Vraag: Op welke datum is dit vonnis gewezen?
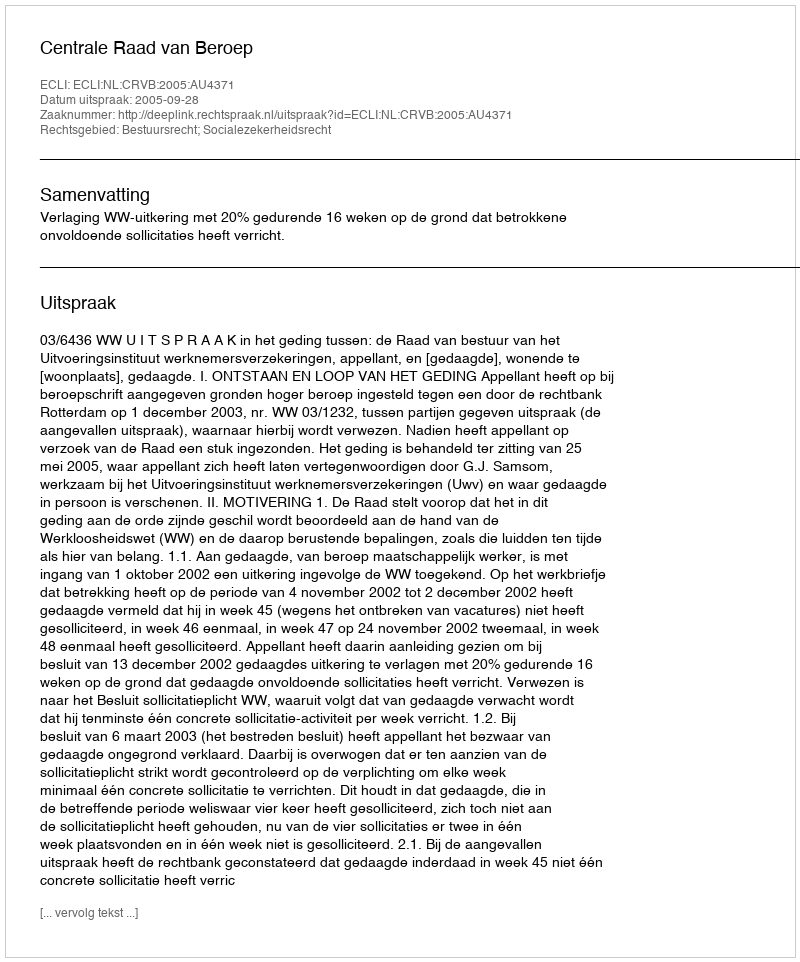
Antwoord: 2005-09-28